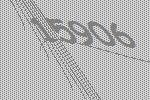
15906